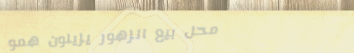
محل بيع الزهور يزيلون همو